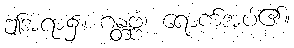
ဤအရာ၌။ ဂန္တဗ္ဗံ၊ ရောက်အပ်၏။